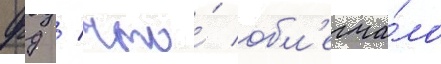
фд / что́ обл'егча́ло